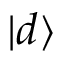
\vert d \rangle